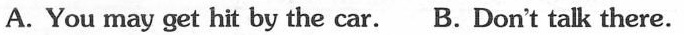
A. You may get hit by the car. B. Don't talk there.